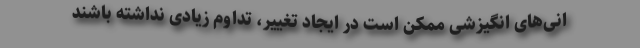
انی‌های انگیزشی ممکن است در ایجاد تغییر، تداوم زیادی نداشته باشند